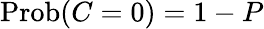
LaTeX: \operatorname{Prob}(C=0)=1-P